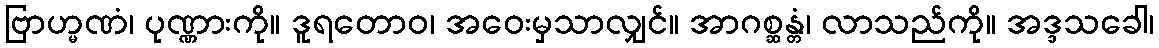
ဗြာဟ္မဏံ၊ ပုဏ္ဏားကို။ ဒူရတောဝ၊ အဝေးမှသာလျှင်။ အာဂစ္ဆန္တံ၊ လာသည်ကို။ အဒ္ဒသခေါ၊